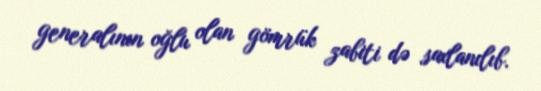
generalının oğlu olan gömrük zabiti də saxlanılıb.